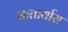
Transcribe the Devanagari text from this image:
सातार्यास